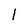
Character: l